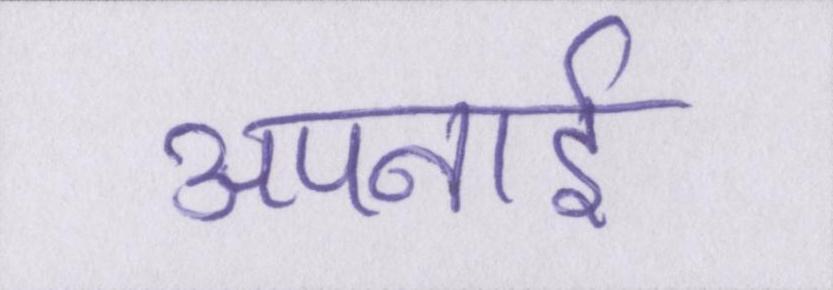
अपनाई